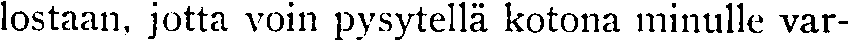
lostaan, jotta voin pysytellä kotona minulle var-